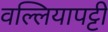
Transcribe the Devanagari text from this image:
वल्लियापट्टी